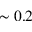
\sim 0 . 2